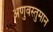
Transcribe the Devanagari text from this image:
अणुवस्तुमान